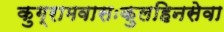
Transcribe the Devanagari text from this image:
कुग्रामवासःकुलहिनसेवा